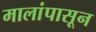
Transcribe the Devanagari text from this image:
मालांपासून